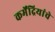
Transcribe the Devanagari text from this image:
कर्मेंद्रियांचे